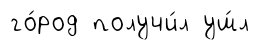
го́род получи́л уш́л